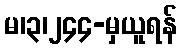
မ၊၃၊၂၄၄-မှယူရန်